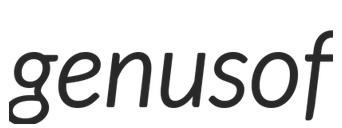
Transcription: genus of